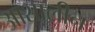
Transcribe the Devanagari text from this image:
आशालीन